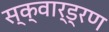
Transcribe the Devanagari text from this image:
स्क्वार्ड्रण